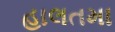
હાલતમા